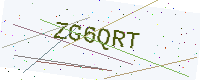
Text: ZG6QRT